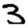
Digit: 3